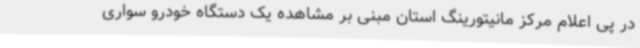
در پی اعلام مرکز مانیتورینگ استان مبنی بر مشاهده یک دستگاه خودرو سواری